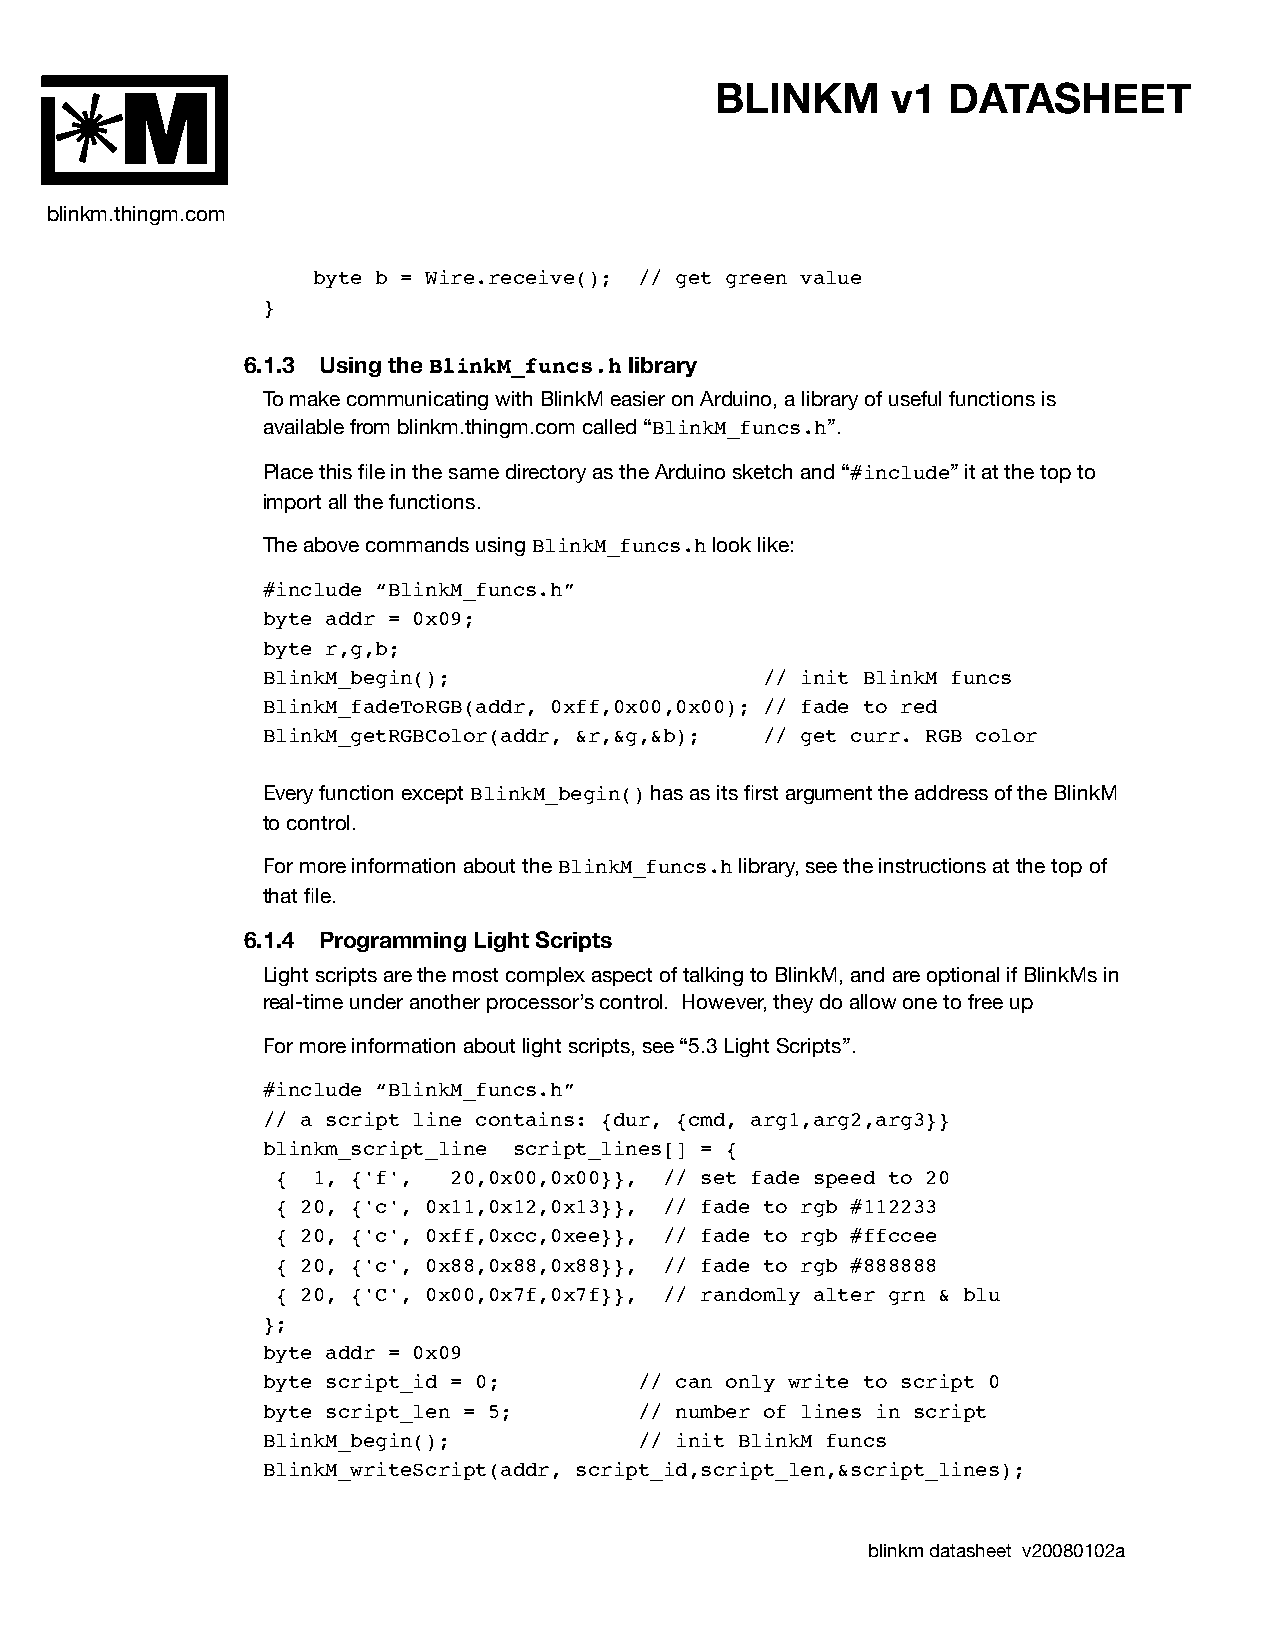
BLINKM      v1  DATASHEET
 M
 blinkm.thingm.com
 byte b = Wire.receive(); // get green value
 }
 6.1.3 Using the BlinkM_funcs.h library
 To make communicating with BlinkM easier on Arduino, a library of useful functions is
 available from blinkm.thingm.com called “BlinkM_funcs.h”.
 Place this file in the same directory as the Arduino sketch and “#include” it at the top to
 import all the functions.
 The above commands using BlinkM_funcs.h look like:
 #include “BlinkM_funcs.h”
 byte addr = 0x09;
 byte r,g,b;
 BlinkM_begin();                  // init BlinkM funcs
 BlinkM_fadeToRGB(addr, 0xff,0x00,0x00); // fade to red
 BlinkM_getRGBColor(addr, &r,&g,&b); // get curr. RGB color
 Every function except BlinkM_begin() has as its first argument the address of the BlinkM
 to control.
 For more information about the BlinkM_funcs.h library, see the instructions at the top of
 that file.
 6.1.4 Programming Light Scripts
 Light scripts are the most complex aspect of talking to BlinkM, and are optional if BlinkMs in
 real-time under another processor’s control. However, they do allow one to free up
 For more information about light scripts, see “5.3 Light Scripts”.
 #include “BlinkM_funcs.h”
 // a script line contains: {dur, {cmd, arg1,arg2,arg3}}
 blinkm_script_line script_lines[] = {
 {  1, {'f', 20,0x00,0x00}}, // set fade speed to 20
 { 20, {'c', 0x11,0x12,0x13}}, // fade to rgb #112233
 { 20, {'c', 0xff,0xcc,0xee}}, // fade to rgb #ffccee
 { 20, {'c', 0x88,0x88,0x88}}, // fade to rgb #888888
 { 20, {'C', 0x00,0x7f,0x7f}}, // randomly alter grn & blu
 };
 byte addr = 0x09
 byte script_id = 0;      // can only write to script 0
 byte script_len = 5;     // number of lines in script
 BlinkM_begin();          // init BlinkM funcs
 BlinkM_writeScript(addr, script_id,script_len,&script_lines);
 blinkm datasheet v20080102a